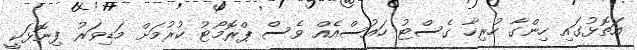
އަތޮޅުގައި ހިންގާ ހުރިހާ ގެސްޓު ހައުސްއެއް ވެސް ޕްރޮމޯޓު ކުރުމަށް މަޑިވަރު ފިނޮޅަކީ